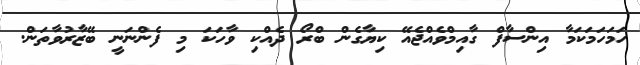
ހަމަހަމަކަމާ އިންސާފް ގާއިމްވެއްޖެއޭ ކިޔާގެން ބްރޯ ދެއްކި ވާހަކަ މި ފެންނަނީ ބޭޒާރުވާތަން.